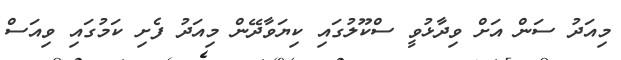
މިއަދު ސަން އަށް ވިދާޅުވީ ސްކޫލުގައި ކިޔަވާދޭން މިއަދު ފެށި ކަމުގައި ވިއަސް